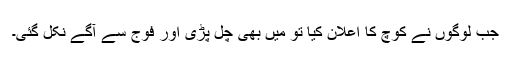
جب لوگوں نے کُوچ کا اعلان کیا تو مَیں بھی چل پڑی اور فوج سے آگے نکل گئی۔